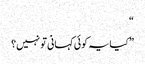
“
” کیایہ کوئی کہانی تو نہیں؟